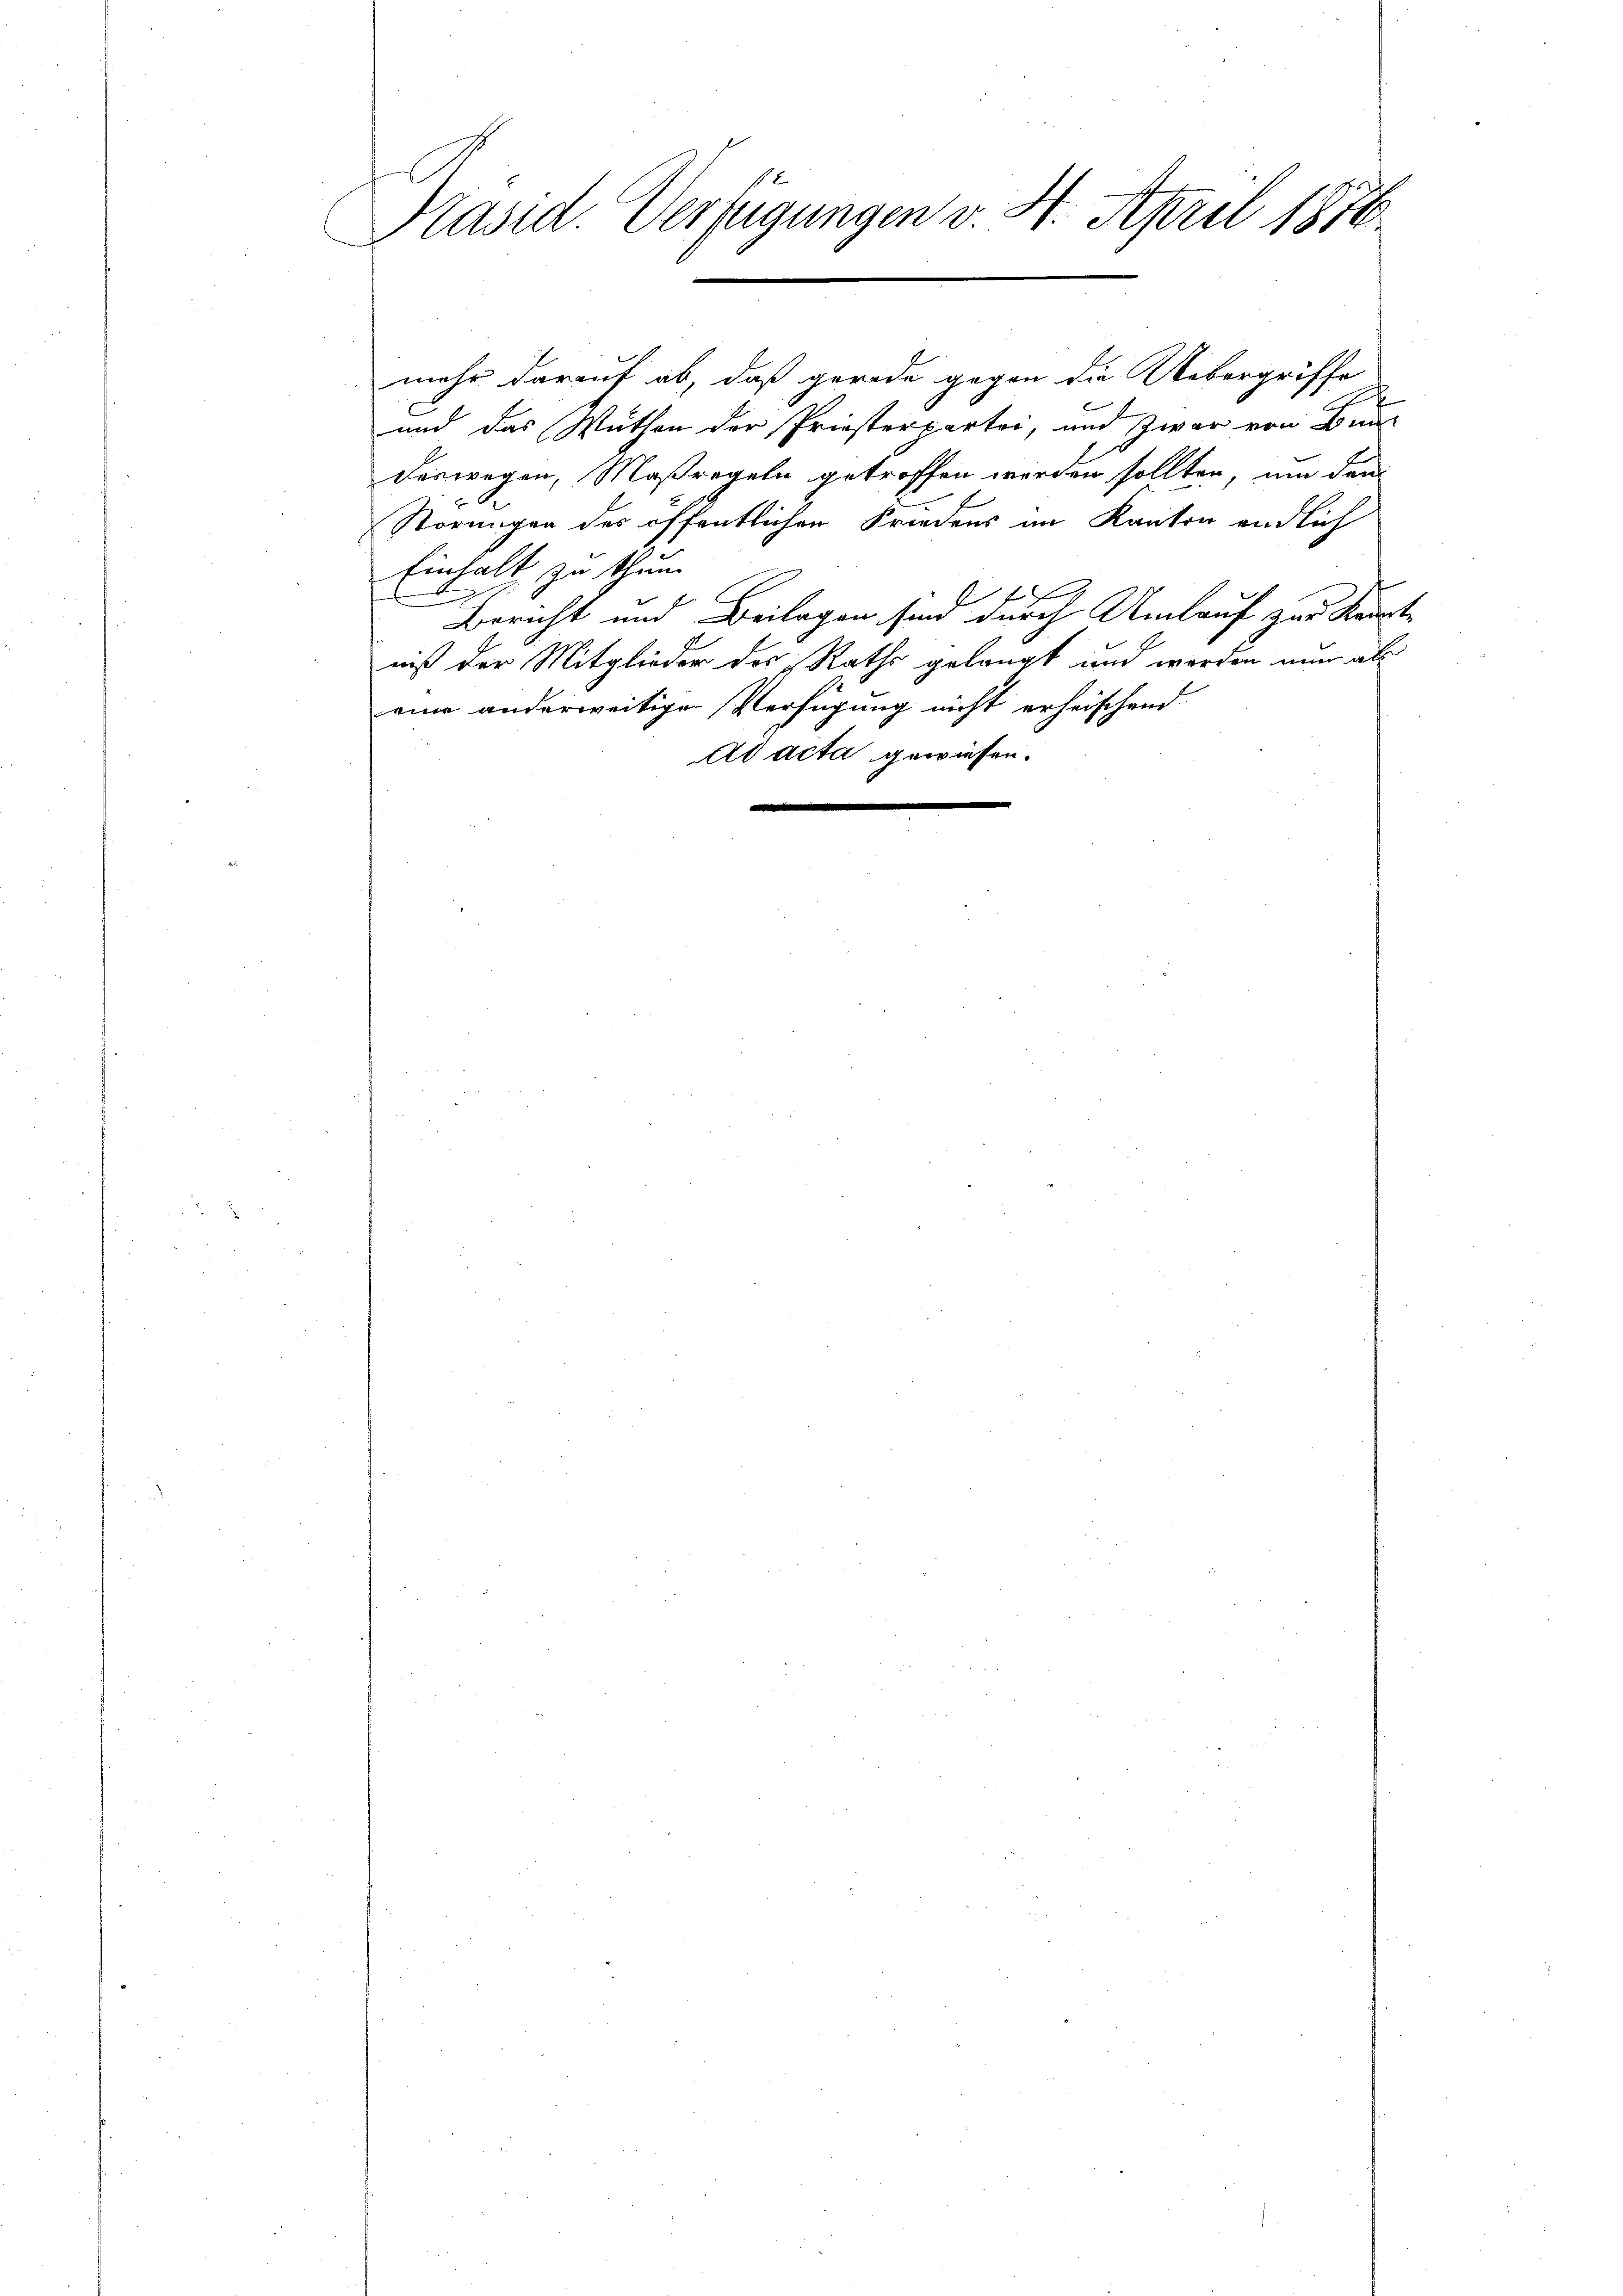
Präsid. Verfügungen v. 4. April 1876.

mehr darauf ab, daß gerade gegen die Uebergriffe
H
und das Wuthen der Priesterpartei, und zwar von Bun
deswegen, Maßregeln getroffen werden sollten, um dem
Störungen des öffentlichen Friedens im Kanton endlich
Einhalt zu thun
Bericht und Beilagen sind durch Umlauf zur Kaut
niß der Mitglieder des Raths gelangt und werden nun als
eine anderweitige Verfügung nicht erheischend
ad acta gewiesen.